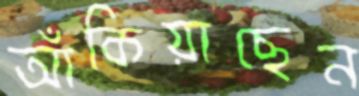
আঁকিয়াছেন